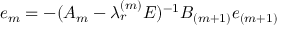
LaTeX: e _ { m } = - ( { \cal A } _ { m } - \lambda _ { r } ^ { ( m ) } E ) ^ { - 1 } { \cal B } _ { ( m + 1 ) } e _ { ( m + 1 ) }